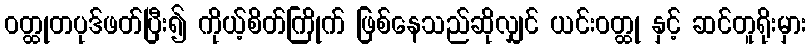
ဝတ္ထုတပုဒ်ဖတ်ပြီး၍ ကိုယ့်စိတ်ကြိုက် ဖြစ်နေသည်ဆိုလျှင် ယင်းဝတ္ထု နှင့် ဆင်တူရိုးမှား